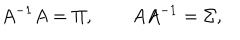
A ^ { - 1 } A = \Pi , \qquad A A ^ { - 1 } = \Sigma ,